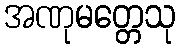
အဏုမတ္တေသု